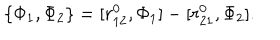
\{ \Phi _ { 1 } , \Phi _ { 2 } \} = [ r _ { 1 2 } ^ { 0 } , \Phi _ { 1 } ] - [ r _ { 2 1 } ^ { 0 } , \Phi _ { 2 } ] .